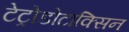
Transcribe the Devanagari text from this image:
टेट्रोडोटाक्सिन